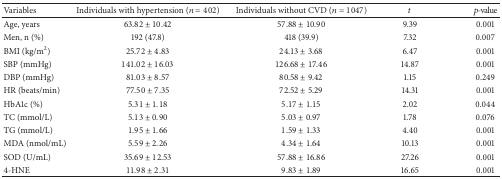
| Variables | Individuals with hypertension (n = 402) | Individuals without CVD (n = 1047) | t | p-value |
 | --- | --- | --- | --- | --- |
 | Age, years | 63.82 ± 10.42 | 57.88 ± 10.90 | 9.39 | 0.001 |
 | Men, n (%) | 192 (47.8) | 418 (39.9) | 7.32 | 0.007 |
 | BMI (kg/m2) | 25.72 ± 4.83 | 24.13 ± 3.68 | 6.47 | 0.001 |
 | SBP (mmHg) | 141.02 ± 16.03 | 126.68 ± 17.46 | 14.87 | 0.001 |
 | DBP (mmHg) | 81.03 ± 8.57 | 80.58 ± 9.42 | 1.15 | 0.249 |
 | HR (beats/min) | 77.50 ± 7.35 | 72.52 ± 5.29 | 14.31 | 0.001 |
 | HbA1c (%) | 5.31 ± 1.18 | 5.17 ± 1.15 | 2.02 | 0.044 |
 | TC (mmol/L) | 5.13 ± 0.90 | 5.03 ± 0.97 | 1.78 | 0.076 |
 | TG (mmol/L) | 1.95 ± 1.66 | 1.59 ± 1.33 | 4.40 | 0.001 |
 | MDA (nmol/mL) | 5.59 ± 2.26 | 4.34 ± 1.64 | 10.13 | 0.001 |
 | SOD (U/mL) | 35.69 ± 12.53 | 57.88 ± 16.86 | 27.26 | 0.001 |
 | 4-HNE | 11.98 ± 2.31 | 9.83 ± 1.89 | 16.65 | 0.001 |